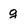
Character: g